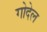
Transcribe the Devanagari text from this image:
गोदेल